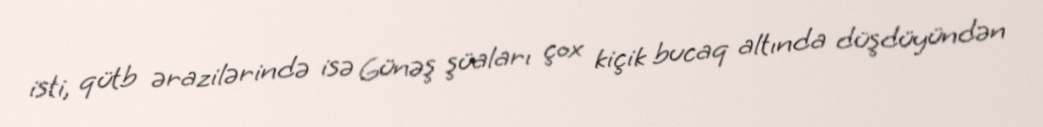
isti, qütb ərazilərində isə Günəş şüaları çox kiçik bucaq altında düşdüyündən